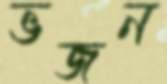
ভজন